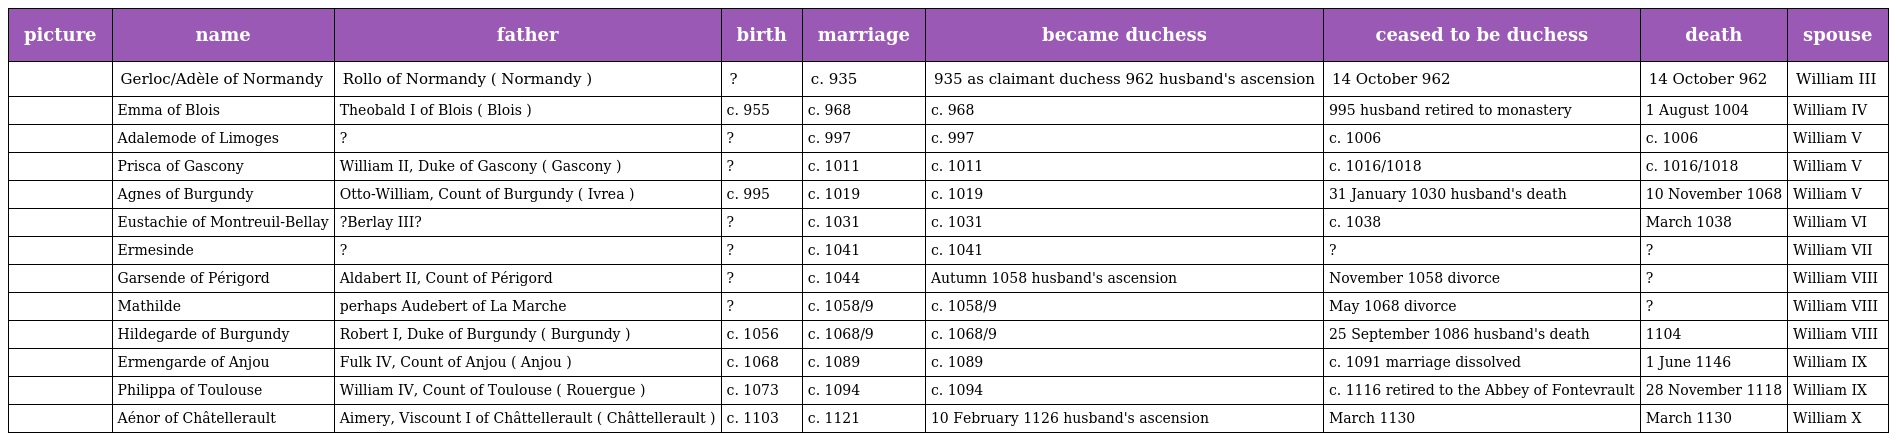
| picture | name | father | birth | marriage | became duchess | ceased to be duchess | death | spouse |
 | --- | --- | --- | --- | --- | --- | --- | --- | --- |
 |  | Gerloc/Adèle of Normandy | Rollo of Normandy ( Normandy ) | ? | c. 935 | 935 as claimant duchess 962 husband's ascension | 14 October 962 | 14 October 962 | William III |
 |  | Emma of Blois | Theobald I of Blois ( Blois ) | c. 955 | c. 968 | c. 968 | 995 husband retired to monastery | 1 August 1004 | William IV |
 |  | Adalemode of Limoges | ? | ? | c. 997 | c. 997 | c. 1006 | c. 1006 | William V |
 |  | Prisca of Gascony | William II, Duke of Gascony ( Gascony ) | ? | c. 1011 | c. 1011 | c. 1016/1018 | c. 1016/1018 | William V |
 |  | Agnes of Burgundy | Otto-William, Count of Burgundy ( Ivrea ) | c. 995 | c. 1019 | c. 1019 | 31 January 1030 husband's death | 10 November 1068 | William V |
 |  | Eustachie of Montreuil-Bellay | ?Berlay III? | ? | c. 1031 | c. 1031 | c. 1038 | March 1038 | William VI |
 |  | Ermesinde | ? | ? | c. 1041 | c. 1041 | ? | ? | William VII |
 |  | Garsende of Périgord | Aldabert II, Count of Périgord | ? | c. 1044 | Autumn 1058 husband's ascension | November 1058 divorce | ? | William VIII |
 |  | Mathilde | perhaps Audebert of La Marche | ? | c. 1058/9 | c. 1058/9 | May 1068 divorce | ? | William VIII |
 |  | Hildegarde of Burgundy | Robert I, Duke of Burgundy ( Burgundy ) | c. 1056 | c. 1068/9 | c. 1068/9 | 25 September 1086 husband's death | 1104 | William VIII |
 |  | Ermengarde of Anjou | Fulk IV, Count of Anjou ( Anjou ) | c. 1068 | c. 1089 | c. 1089 | c. 1091 marriage dissolved | 1 June 1146 | William IX |
 |  | Philippa of Toulouse | William IV, Count of Toulouse ( Rouergue ) | c. 1073 | c. 1094 | c. 1094 | c. 1116 retired to the Abbey of Fontevrault | 28 November 1118 | William IX |
 |  | Aénor of Châtellerault | Aimery, Viscount I of Châttellerault ( Châttellerault ) | c. 1103 | c. 1121 | 10 February 1126 husband's ascension | March 1130 | March 1130 | William X |